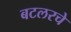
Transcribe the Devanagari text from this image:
बटलरचे